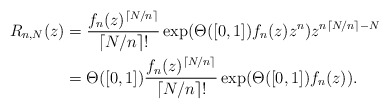
\begin{align*}R_{n,N}(z)&=\frac{f_n(z)^{\lceil{N/n}\rceil}}{\lceil{N/n}\rceil!}\exp(\Theta([0,1])f_n(z)z^n)z^{n\lceil{N/n}\rceil-N}\\&=\Theta([0,1])\frac{f_n(z)^{\lceil{N/n}\rceil}}{\lceil{N/n}\rceil!}\exp(\Theta([0,1])f_n(z)).\end{align*}